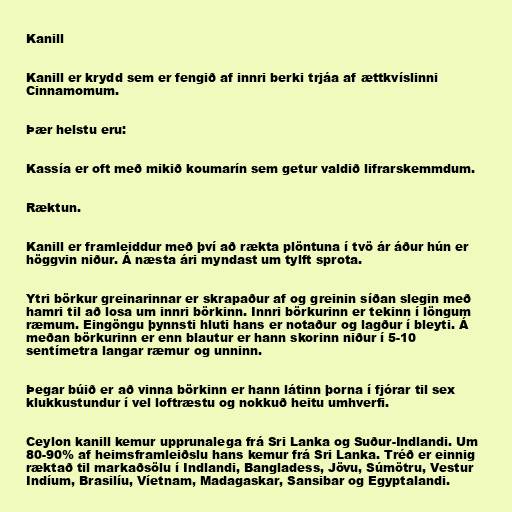
Kanill

Kanill er krydd sem er fengið af innri berki trjáa af ættkvíslinni
Cinnamomum.

Þær helstu eru:

Kassía er oft með mikið koumarín sem getur valdið lifrarskemmdum.

Ræktun.

Kanill er framleiddur með því að rækta plöntuna í tvö ár áður hún er
höggvin niður. Á næsta ári myndast um tylft sprota.

Ytri börkur greinarinnar er skrapaður af og greinin síðan slegin með
hamri til að losa um innri börkinn. Innri börkurinn er tekinn í löngum
ræmum. Eingöngu þynnsti hluti hans er notaður og lagður í bleyti. Á
meðan börkurinn er enn blautur er hann skorinn niður í 5-10
sentímetra langar ræmur og unninn.

Þegar búið er að vinna börkinn er hann látinn þorna í fjórar til sex
klukkustundur í vel loftræstu og nokkuð heitu umhverfi.

Ceylon kanill kemur upprunalega frá Sri Lanka og Suður-Indlandi. Um
80-90% af heimsframleiðslu hans kemur frá Sri Lanka. Tréð er einnig
ræktað til markaðsölu í Indlandi, Bangladess, Jövu, Súmötru, Vestur
Indíum, Brasilíu, Víetnam, Madagaskar, Sansibar og Egyptalandi.